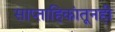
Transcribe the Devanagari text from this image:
साप्ताहिकांतूनही